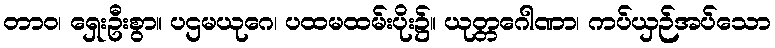
တာဝ၊ ရှေးဦးစွာ။ ပဌမယုဂေ၊ ပထမထမ်းပိုး၌။ ယုတ္တဂေါဏာ၊ ကပ်ယှဉ်အပ်သော